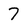
Character: 7